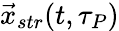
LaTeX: {\vec{x}}_{str}(t,\tau_{P})